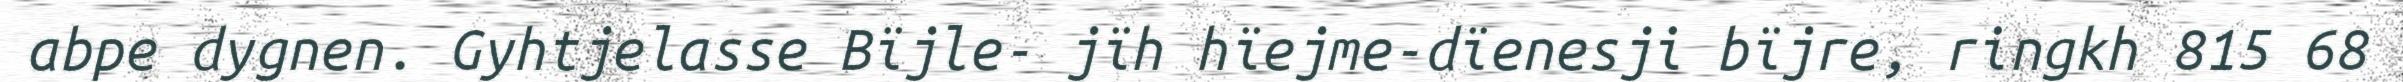
abpe dygnen. Gyhtjelasse Bïjle- jïh hïejme-dïenesji bïjre, ringkh 815 68